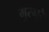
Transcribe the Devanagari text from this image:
मुरमुरे